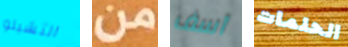
التشيلو من آسف الحلمات